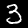
Digit: 3